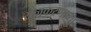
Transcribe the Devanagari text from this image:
राजकरणाच्या